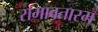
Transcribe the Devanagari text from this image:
रामावतारम